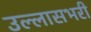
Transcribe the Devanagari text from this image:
उल्लासभरी